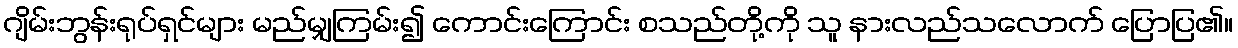
ဂျိမ်းဘွန်းရုပ်ရှင်များ မည်မျှကြမ်း၍ ကောင်းကြောင်း စသည်တို့ကို သူ နားလည်သလောက် ပြောပြ၏။